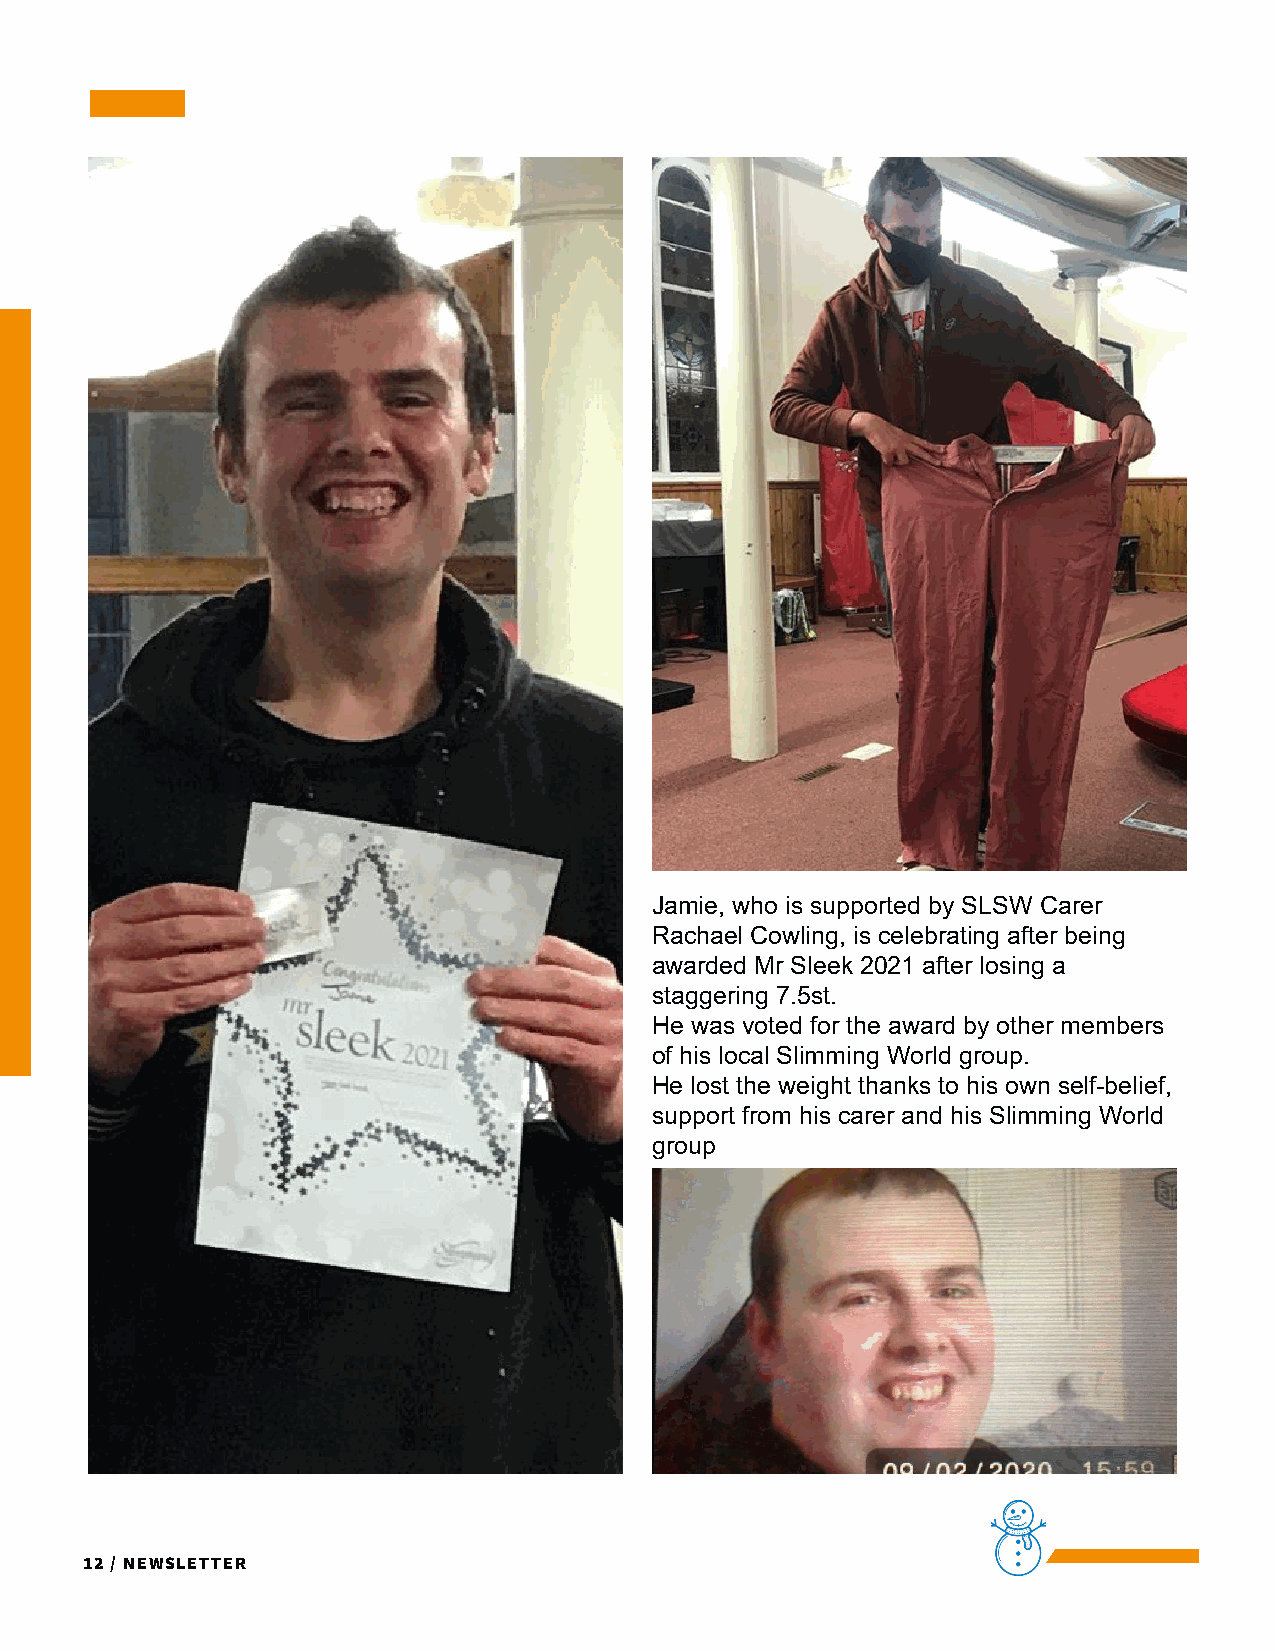
Jamie, who is supported by SLSW Carer
 Rachael Cowling, is celebrating after being
 awarded Mr Sleek 2021 after losing a
 staggering 7.5st.
 He was voted for the award by other members
 of his local Slimming World group.
 He lost the weight thanks to his own self-belief,
 support from his carer and his Slimming World
 group
 12 / Newsletter